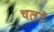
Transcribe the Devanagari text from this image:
चलउँ